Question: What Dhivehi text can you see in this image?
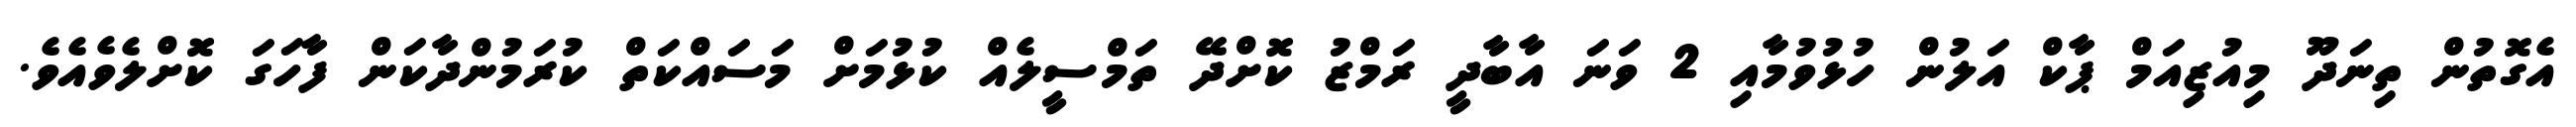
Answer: އެގޮތުން ތިނަދޫ މިއުޒިއަމް ޕާކް އަލުން ހުޅުވުމާއި 2 ވަނަ އާބާދީ ރަމްޒު ކޮށްދޭ ތަމްސީލެއް ކުޅުމަށް މަސައްކަތް ކުރަމުންދާކަން ފާހަގަ ކޮށްލެވެއެވެ.